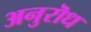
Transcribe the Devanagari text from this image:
अनुरॊध